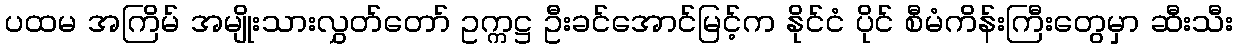
ပထမ အကြိမ် အမျိုးသားလွှတ်တော် ဥက္ကဋ္ဌ ဦးခင်အောင်မြင့်က နိုင်ငံ ပိုင် စီမံကိန်းကြီးတွေမှာ ဆီးသီး